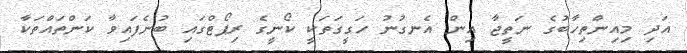
އަދި މިއިންތިހާބުގެ ނަތީޖާ އިން އެނގުނު ހަގީގަތަކީ ކޯނީގެ ރިޕޯޓްގައި ބުނެފައިވާ ކަންތައްތަކާ